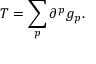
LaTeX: T = \sum _ { p } \partial ^ { p } g _ { p } .